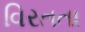
વિરતતા